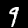
Digit: 9